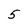
Character: 5